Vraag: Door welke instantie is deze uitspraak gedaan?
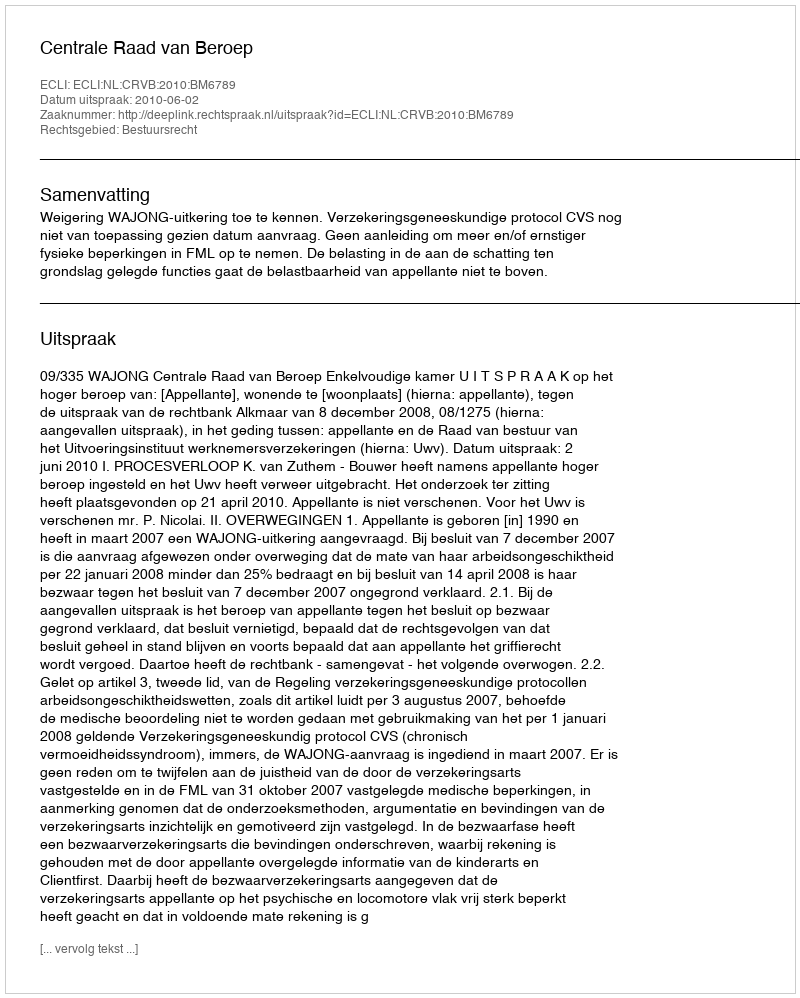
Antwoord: Centrale Raad van Beroep